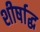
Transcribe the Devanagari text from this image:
शीर्षाद्ध